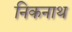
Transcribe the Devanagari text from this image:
निकनाथ